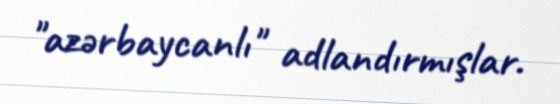
"azərbaycanlı" adlandırmışlar.